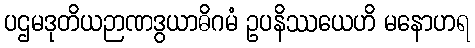
ပဌမဒုတိယဉာဏဒွယာဓိဂမံ ဥပနိဿယေဟိ မနောဟရ